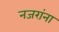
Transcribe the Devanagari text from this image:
नजरांना